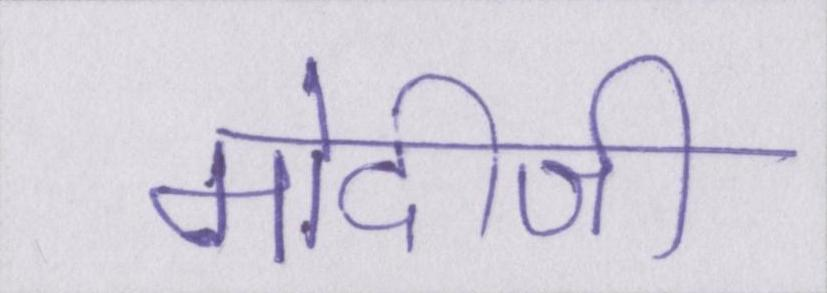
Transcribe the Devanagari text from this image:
मोदीजी